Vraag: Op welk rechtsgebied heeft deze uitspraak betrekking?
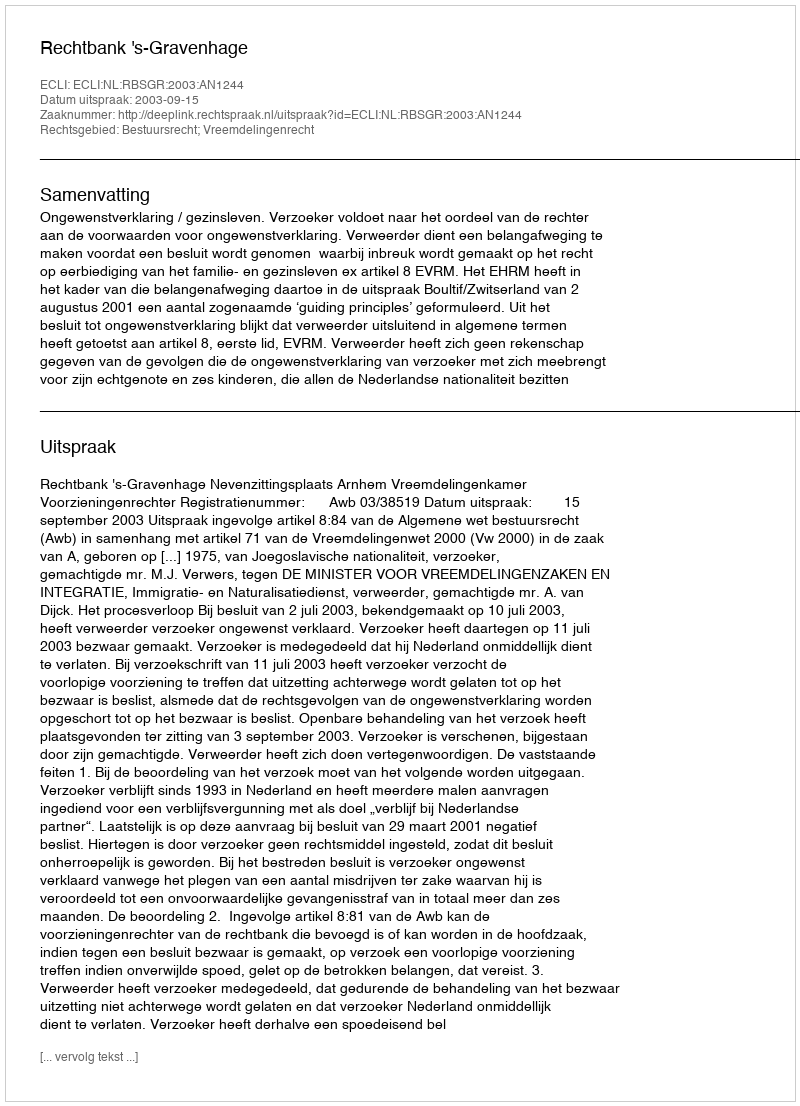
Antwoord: Bestuursrecht; Vreemdelingenrecht